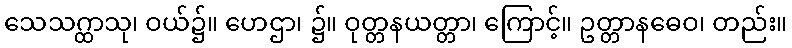
သေသဂ္ထာသု၊ ဝယ်၌။ ဟေဌာ၊ ၌။ ဝုတ္တနယတ္တာ၊ ကြောင့်။ ဥတ္တာနဓေဝ၊ တည်း။